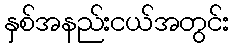
နှစ်အနည်းငယ်အတွင်း